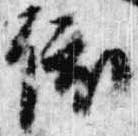
依